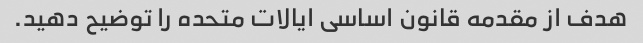
هدف از مقدمه قانون اساسی ایالات متحده را توضیح دهید.